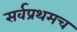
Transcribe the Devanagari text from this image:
सर्वप्रथमच